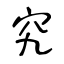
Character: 究